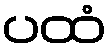
ပထံ